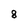
Character: 8